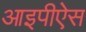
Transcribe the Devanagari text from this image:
आइपीऐस